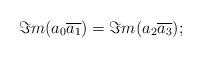
LaTeX: \begin{align*}\Im m(a_0\overline{a_1})=\Im m(a_2\overline{a_3});\end{align*}